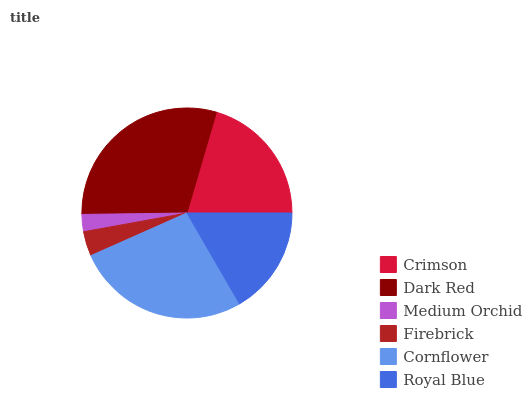
| Crimson | Dark Red | Medium Orchid | Firebrick | Cornflower | Royal Blue |
 | --- | --- | --- | --- | --- | --- |
 | 20.5% | 29.7% | 2.64% | 3.78% | 26.7% | 16.7% |